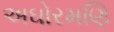
અઘોરમણિ